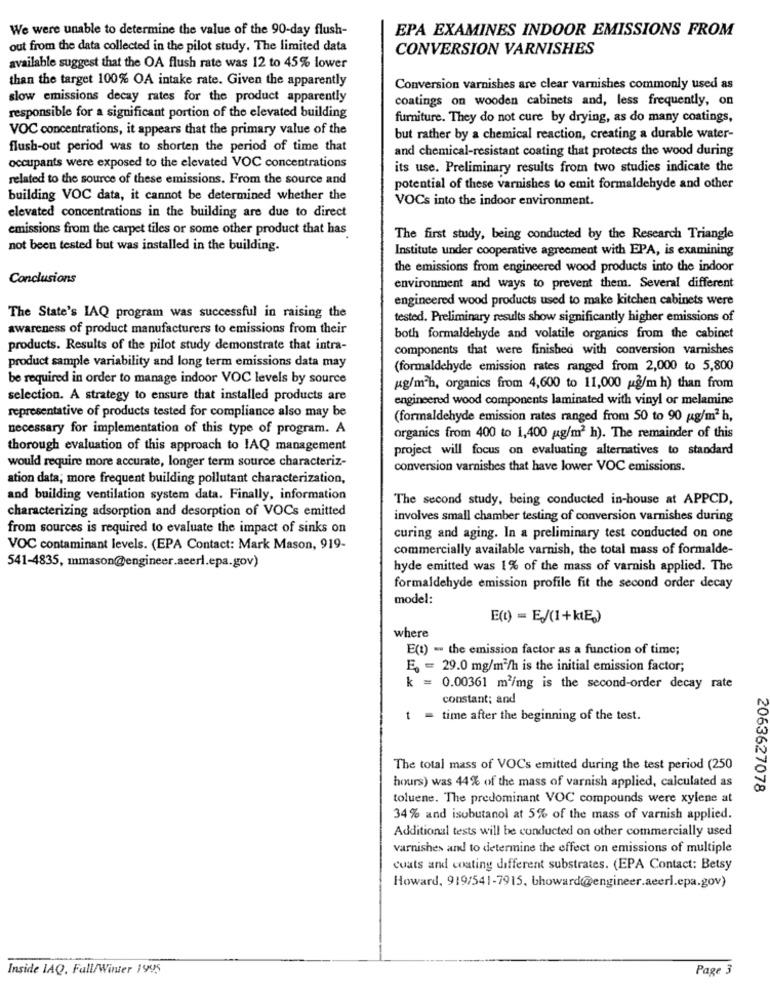
We were unable to determine the value of the 90-day flush-
EPA EXAMINES INDOOR EMISSIONS FROM
out from the data collected in the pilot study. The limited data
CONVERSION VARNISHES
available suggest that the OA flush rate was 12 to 45% lower
than the target 100% OA intake rate. Given the apparently
Conversion varnishes are clear varnishes commonly used as
slow emissions decay rates for the product apparently
coatings on wooden cabinets and, less frequently, on
responsible for a significant portion of the elevated building
furniture. They do not cure by drying, as do many coatings,
VOC concentrations, it appears that the primary value of the
but rather by a chemical reaction, creating a durable water-
flush-out period was to shorten the period of time that
and chemical-resistant coating that protects the wood during
occupants were exposed to the elevated VOC concentrations
its use. Preliminary results from two studies indicate the
related to the source of these emissions. From the source and
potential of these varnishes to emit formaldehyde and other
building VOC data, it cannot be determined whether the
VOCs into the indoor environment.
elevated concentrations in the building are due to direct
emissions from the carpet tiles or some other product that has
The first study, being conducted by the Research Triangle
not been tested but was installed in the building.
Institute under cooperative agreement with EPA, is examining
the emissions from engineered wood products into the indoor
Conclusions
environment and ways to prevent them. Several different
engineered wood products used to make kitchen cabinets were
The State's IAQ program was successful in raising the
tested. Preliminary results show significantly higher emissions of
awareness of product manufacturers to emissions from their
both formaldehyde and volatile organics from the cabinet
products. Results of the pilot study demonstrate that intra-
components that were finished with conversion varnishes
product sample variability and long term emissions data may
(formaldehyde emission rates ranged from 2,000 to 5,800
be required in order to manage indoor VOC levels by source
kg/m2h, organics from 4,600 to 11,000 g/m h) than from
selection. A strategy to ensure that installed products are
engineered wood components laminated with vinyl or melamine
representative of products tested for compliance also may be
(formaldehyde emission rates ranged from 50 to 90 g/m2 h,
necessary for implementation of this type of program. A
organics from 400 to 1,400 g/m2 h). The remainder of this
thorough evaluation of this approach to IAQ management
project will focus on evaluating alternatives to standard
would require more accurate, longer term source characteriz-
conversion varnishes that have lower VOC emissions.
ation data; more frequent building pollutant characterization,
and building ventilation system data. Finally, information
The second study, being conducted in-house at APPCD,
characterizing adsorption and desorption of VOCs emitted
involves small chamber testing of conversion varnishes during
from sources is required to evaluate the impact of sinks on
curing and aging. In a preliminary test conducted on one
VOC contaminant levels. (EPA Contact: Mark Mason, 919-
commercially available varnish, the total mass of formalde-
541-4835, mmason@engineer.acerl.epa.gov)
hyde emitted was 1% of the mass of varnish applied. The
formaldehyde emission profile fit the second order decay
model:
E(() = E/(1+kE)
where
E(t) - the emission factor as a function of time;
E, = 29.0 mg/m3/h is the initial emission factor;
k = 0.00361 m3/mg is the second-order decay rate
constant; and
time after the beginning of the test.
The total mass of VOCs emitted during the test period (250
hours) was 44% of the mass of varnish applied, calculated as
2063627078
toluene. The predominant VOC compounds were xylene at
34% and isobutanol at 5% of the mass of varnish applied.
Additional tests will be conducted on other commercially used
varnishes and to determine the effect on emissions of multiple
coats and coating different substrates. (EPA Contact: Betsy
Howard, 919/541-7915. bhoward@engineer.acerl.cpa.gov)
Inside IAQ. Fall/Winter 1995
Page 3